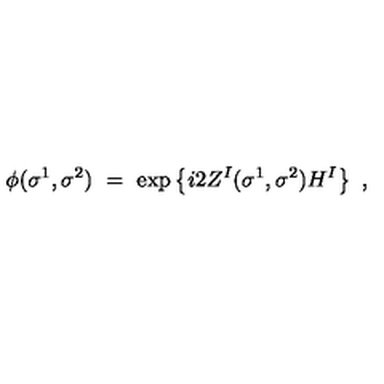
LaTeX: \phi ( \sigma ^ { 1 } , \sigma ^ { 2 } ) \ = \ \exp \left\{ i 2 Z ^ { I } ( \sigma ^ { 1 } , \sigma ^ { 2 } ) H ^ { I } \right\} \ ,